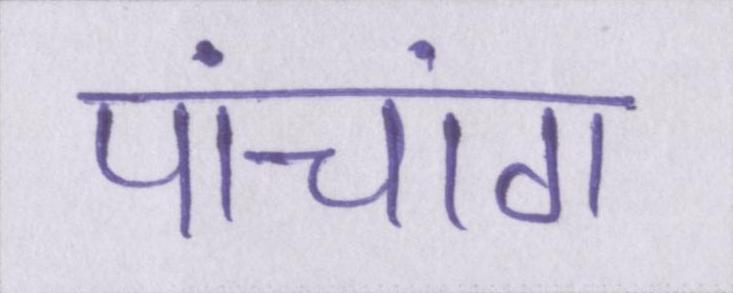
पांचांग